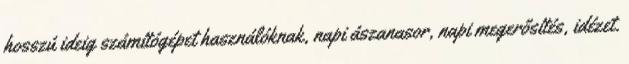
hosszú ideig számítógépet használóknak, napi ászanasor, napi megerősítés, idézet.